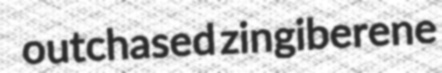
outchased zingiberene